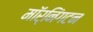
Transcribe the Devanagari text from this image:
मॉर्निंगटन